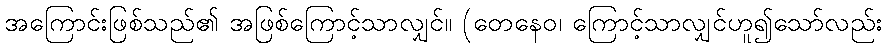
အကြောင်းဖြစ်သည်၏ အဖြစ်ကြောင့်သာလျှင်။ (တေနေဝ၊ ကြောင့်သာလျှင်ဟူ၍သော်လည်း